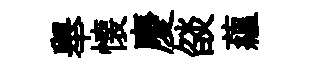
舉懐慶燄蘊